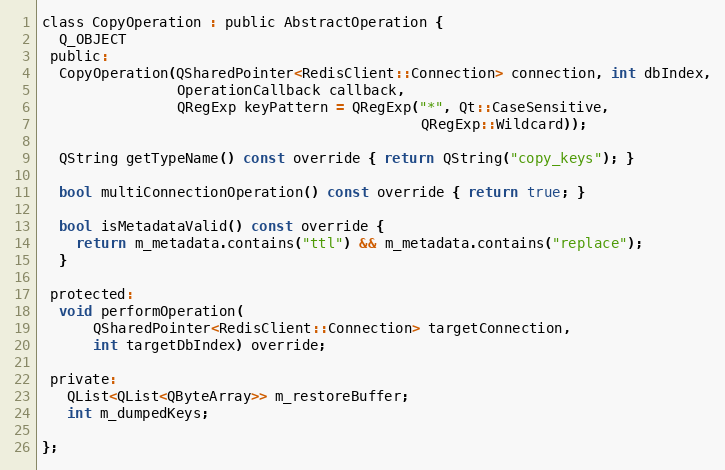
Language: C
class CopyOperation : public AbstractOperation {
  Q_OBJECT
 public:
  CopyOperation(QSharedPointer<RedisClient::Connection> connection, int dbIndex,
                OperationCallback callback,
                QRegExp keyPattern = QRegExp("*", Qt::CaseSensitive,
                                             QRegExp::Wildcard));

  QString getTypeName() const override { return QString("copy_keys"); }

  bool multiConnectionOperation() const override { return true; }

  bool isMetadataValid() const override {
    return m_metadata.contains("ttl") && m_metadata.contains("replace");
  }

 protected:
  void performOperation(
      QSharedPointer<RedisClient::Connection> targetConnection,
      int targetDbIndex) override;

 private:
   QList<QList<QByteArray>> m_restoreBuffer;
   int m_dumpedKeys;

};